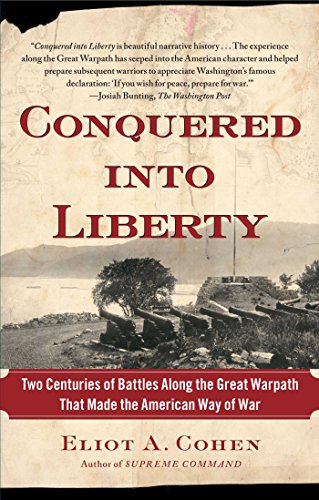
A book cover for Conquered into Liberty: Two Centuries of Battles along the Great Warpath that Made the American Way of War; Eliot A. Cohen; History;